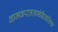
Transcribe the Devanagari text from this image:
वामकरतलमंडितलिंगा